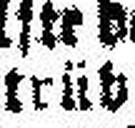
trüb